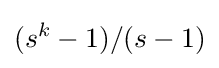
(s^{k}-1)/(s-1)